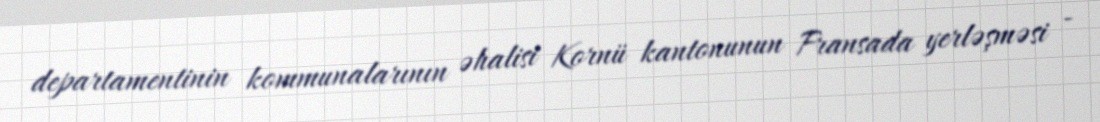
departamentinin kommunalarının əhalisi Kornü kantonunun Fransada yerləşməsi -